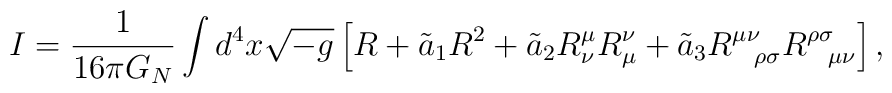
I = \frac{1}{16\pi G_N}\int d^4x\sqrt{-g}  \left[ R + \tilde{a}_1R^2 + \tilde{a}_2R^{\mu}_{\nu}R_{\mu}^{\nu} +    \tilde{a}_3R^{\mu\nu}_{\ \ \rho\sigma}   R^{\rho\sigma}_{\ \ \mu\nu} \right],